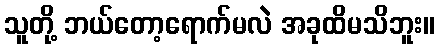
သူတို့ ဘယ်တော့ရောက်မလဲ အခုထိမသိဘူး။